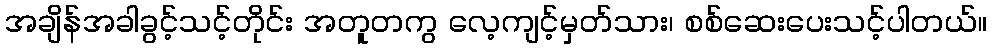
အချိန်အခါခွင့်သင့်တိုင်း အတူတကွ လေ့ကျင့်မှတ်သား၊ စစ်ဆေးပေးသင့်ပါတယ်။